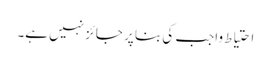
احتیاط واجب کی بنا پر جائز نہیں ہے۔